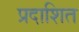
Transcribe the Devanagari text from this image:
प्रदाशित